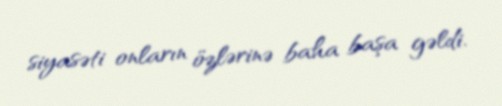
siyasəti onların özlərinə baha başa gəldi.